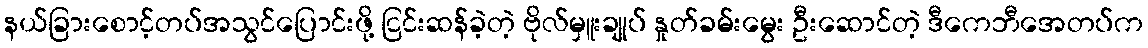
နယ်ခြားစောင့်တပ်အသွင်ပြောင်းဖို့ ငြင်းဆန်ခဲ့တဲ့ ဗိုလ်မှူးချုပ် နှုတ်ခမ်းမွေး ဦးဆောင်တဲ့ ဒီကေဘီအေတပ်က